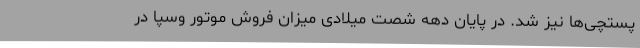
پستچی‌ها نیز شد. در پایان دهه شصت میلادی میزان فروش موتور وسپا در